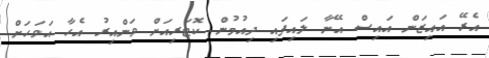
އެރޭ އައިޒަން އައިސް އޭނާ ލައިފައި ދިއުމުން ކޮޓަރިއަށް ވަންއިރު އެހާ އަވަހަށް